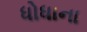
ધોધાના